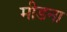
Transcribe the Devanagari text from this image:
मीडना